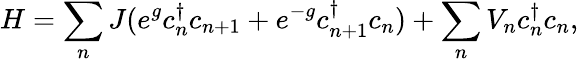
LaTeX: H=\sum_{n}J(e^{g}c_{n}^{\dagger}c_{n+1}+e^{-g}c_{n+1}^{\dagger}c_{n})+\sum_{n}V_{n}c_{n}^{\dagger}c_{n},